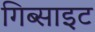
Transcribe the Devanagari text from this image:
गिब्साइट